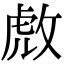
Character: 𫾹